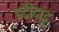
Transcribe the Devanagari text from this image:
इटीदांडू